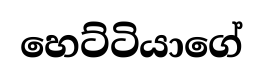
හෙට්ටියාගේ